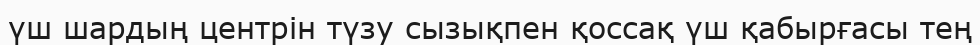
үш шардың центрін түзу сызықпен қоссақ үш қабырғасы тең